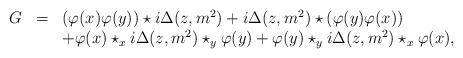
\begin{align*}\begin{array}{rcl}G&=&(\varphi(x)\varphi(y))\star i\Delta(z,m^2)+i\Delta(z,m^2)\star(\varphi(y)\varphi(x))\\ &&+\varphi(x)\star_x i\Delta(z,m^2)\star_y\varphi(y)+\varphi(y)\star_y i\Delta(z,m^2)\star_x\varphi(x), \end{array}\end{align*}